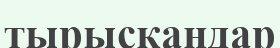
тырысқандар